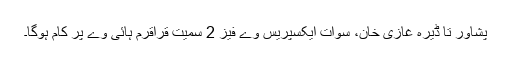
پشاور تا ڈیرہ غازی خان، سوات ایکسپریس وے فیز 2 سمیت قراقرم ہائی وے پر کام ہوگا۔